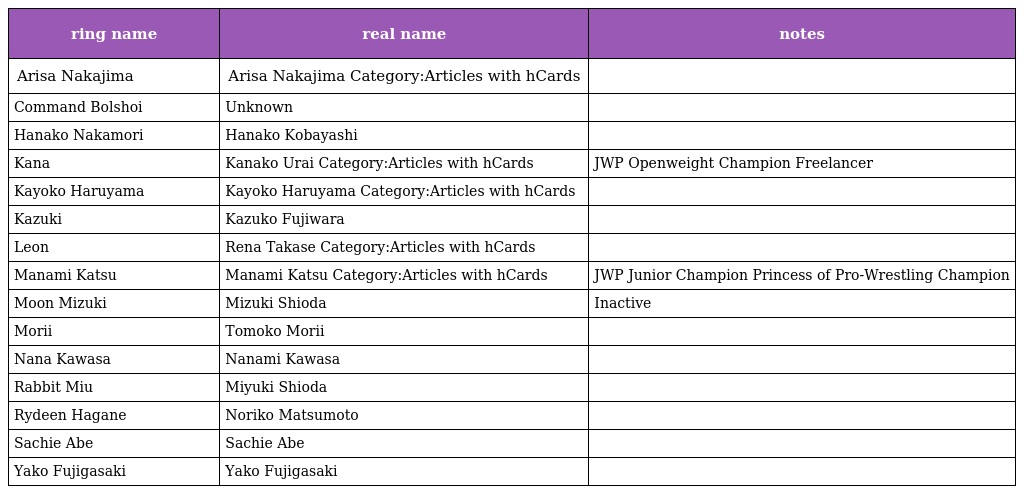
| ring name | real name | notes |
 | --- | --- | --- |
 | Arisa Nakajima | Arisa Nakajima Category:Articles with hCards |  |
 | Command Bolshoi | Unknown |  |
 | Hanako Nakamori | Hanako Kobayashi |  |
 | Kana | Kanako Urai Category:Articles with hCards | JWP Openweight Champion Freelancer |
 | Kayoko Haruyama | Kayoko Haruyama Category:Articles with hCards |  |
 | Kazuki | Kazuko Fujiwara |  |
 | Leon | Rena Takase Category:Articles with hCards |  |
 | Manami Katsu | Manami Katsu Category:Articles with hCards | JWP Junior Champion Princess of Pro-Wrestling Champion |
 | Moon Mizuki | Mizuki Shioda | Inactive |
 | Morii | Tomoko Morii |  |
 | Nana Kawasa | Nanami Kawasa |  |
 | Rabbit Miu | Miyuki Shioda |  |
 | Rydeen Hagane | Noriko Matsumoto |  |
 | Sachie Abe | Sachie Abe |  |
 | Yako Fujigasaki | Yako Fujigasaki |  |